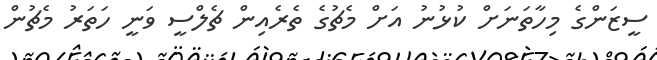
ސީޒަންގެ މިހާތަނަށް ކުޅުނު އަށް މެޗުގެ ތެރެއިން ޗެލްސީ ވަނީ ހަތަރު މެޗުން